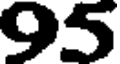
95